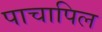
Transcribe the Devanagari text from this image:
पाचापिल